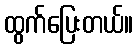
ထွက်ပြေးတယ်။